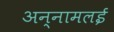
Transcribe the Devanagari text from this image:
अन्‍नामलई